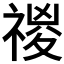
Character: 𥚾